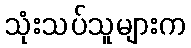
သုံးသပ်သူများက